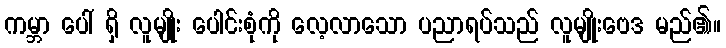
ကမ္ဘာ ပေါ် ရှိ လူမျိုး ပေါင်းစုံကို လေ့လာသော ပညာရပ်သည် လူမျိုးဗေဒ မည်၏။